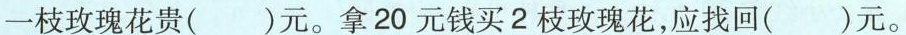
一枝玫瑰花贵()元。拿20元钱买2枝玫瑰花，应找回()元。